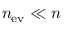
n _ { \mathrm { e v } } \ll n